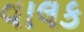
વાલક